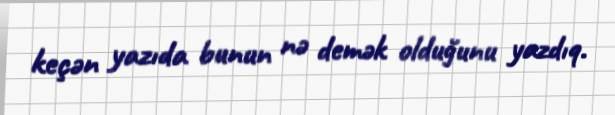
keçən yazıda bunun nə demək olduğunu yazdıq.